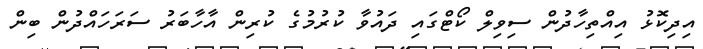
އިދިކޮޅު އިއްތިހާދުން ސިވިލް ކޯޓްގައި ދައުވާ ކުރުމުގެ ކުރިން އާހާބަރު ސަރަހައްދުން ބިން